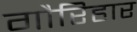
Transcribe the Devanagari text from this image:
गौरिहार